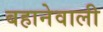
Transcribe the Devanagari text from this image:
बहानेवाली